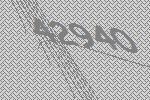
42940